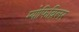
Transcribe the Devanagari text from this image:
म्योफिब्रिलर